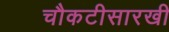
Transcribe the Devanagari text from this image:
चौकटीसारखी